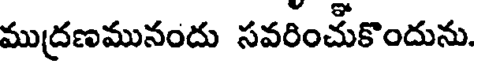
ముద్రణమునందు సవరించుకొందును.